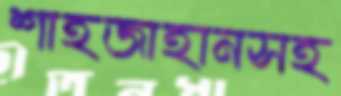
শাহজাহানসহ